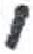
אות: י